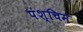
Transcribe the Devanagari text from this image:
पंश्चिम